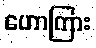
ဟောကြား